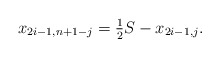
\begin{align*} x_{2i-1,n+1-j} = \tfrac{1}{2} S- x_{2i-1,j}.\end{align*}